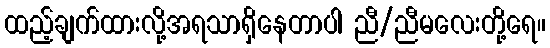
ထည့်ချက်ထားလို့အရသာရှိနေတာပါ ညီ/ညီမလေးတို့ရေ။